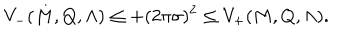
V _ { - } ( M , Q , \Lambda ) \leq + ( 2 \pi \sigma ) ^ { 2 } \leq V _ { + } ( M , Q , \Lambda ) .